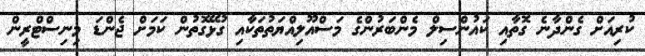
ކުރިއަށް ގެެންދާނެ ގޮތާއި ކައުންސިލް މެންބަރުންގެ މަސްއޫލިއްޔަތުތަކާއި ގުޅޭގޮތުން ކަމަށް ޖެންޑަ މިނިސްޓްރީން